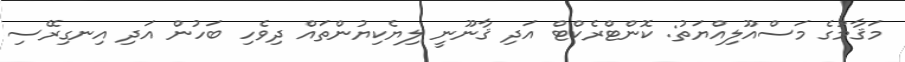
މަޤާމުގެ މަސްއޫލިއްޔަތު: ކޮންޓްރެކްޓް އަދި ޤާނޫނީ ލިޔެކިޔުންތައް ދިވެހި ބަހުން އަދި އިނގިރޭސި